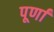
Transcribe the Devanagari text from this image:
पूर्णां